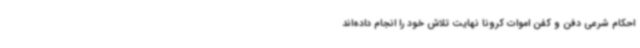
احکام شرعی دفن و کفن اموات کرونا نهایت تلاش خود را انجام داده‌اند